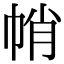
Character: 帩